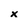
Character: x